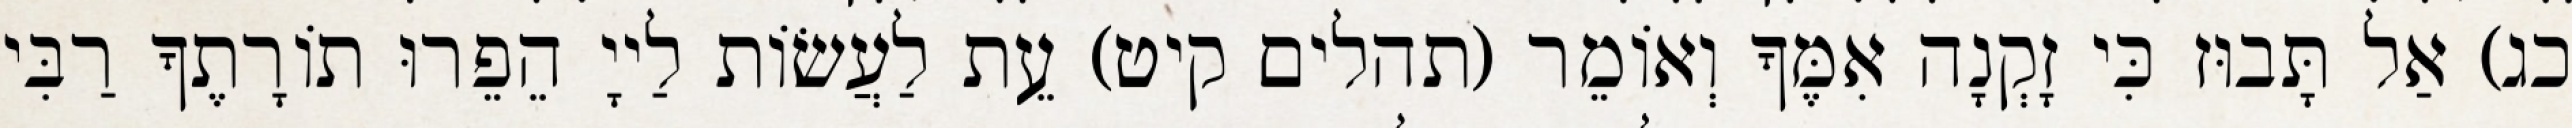
כג) אַל תָּבוּז כִּי זָקְנָה אִמֶּךָ וְאוֹמֵר (תהלים קיט) עֵת לַעֲשׂוֹת לַייָ הֵפֵרוּ תוֹרָתֶךָ רַבִּי